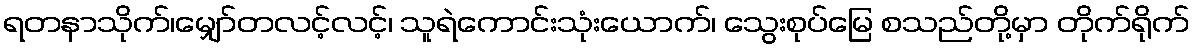
ရတနာသိုက်၊မျှော်တလင့်လင့်၊ သူရဲကောင်းသုံးယောက်၊ သွေးစုပ်မြေ စသည်တို့မှာ တိုက်ရိုက်